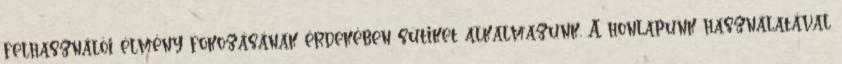
felhasználói élmény fokozásának érdekében sütiket alkalmazunk. A honlapunk használatával